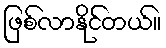
ဖြစ်လာနိုင်တယ်။